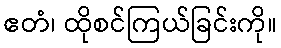
ဧတံ၊ ထိုစင်ကြယ်ခြင်းကို။